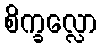
စိက္ခလ္လော